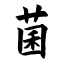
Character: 菌